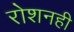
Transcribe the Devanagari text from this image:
रोशनही